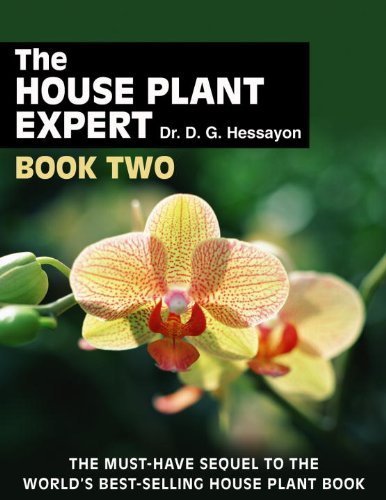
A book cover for THE HOUSE PLANT EXPERT; HESSAYON; Crafts, Hobbies & Home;